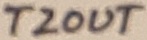
Text: T2OUT